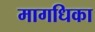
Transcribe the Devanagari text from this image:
मागधिका